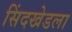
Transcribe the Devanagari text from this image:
सिंदखेडला